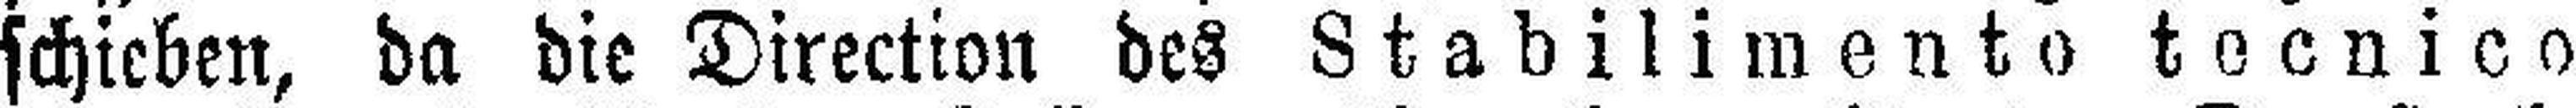
schieben, da die Direction des Stabilimento tecnico